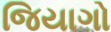
જિયાગો